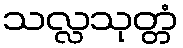
သလ္လသုတ္တံ